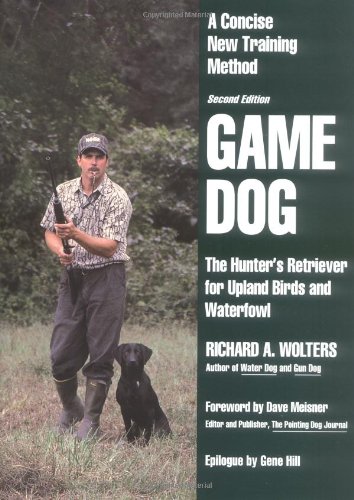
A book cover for Game Dog: The Hunter's Retriever for Upland Birds and Waterfowl - A Concise New Training Method; Richard A. Wolters; Crafts, Hobbies & Home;